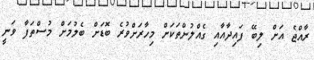
ރާއްޖެ އަށް ލިބޭ ފައިދާއާއި ގެއްލުންތަކަށް މިހާރަށްވުރެ ބޮޑަށް ބެލުމަށް މުސްތަފާ ވަނީ